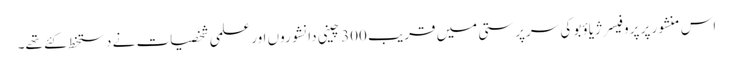
اس منشور پر پروفیسر ژیاؤبو کی سرپرستی میں قریب 300 چینی دانشوروں اور علمی شخصیات نے دستخط کئے تھے۔